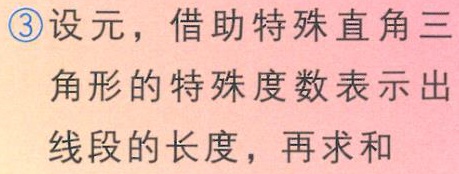
\textcircled{3}设元，借助特殊直角三角形的特殊度数表示出线段的长度，再求和